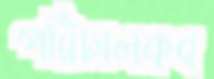
পরিচালকব